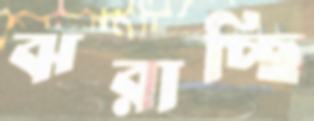
ঝরাচ্ছি